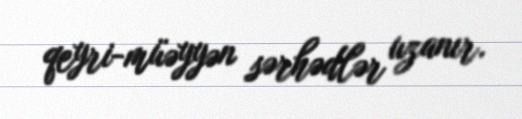
qeyri-müəyyən sərhədlər uzanır.